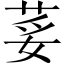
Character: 荽